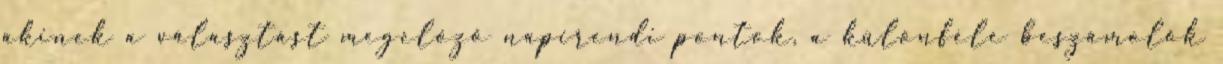
akinek a választást megelőző napirendi pontok, a különféle beszámolók